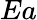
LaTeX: Ea